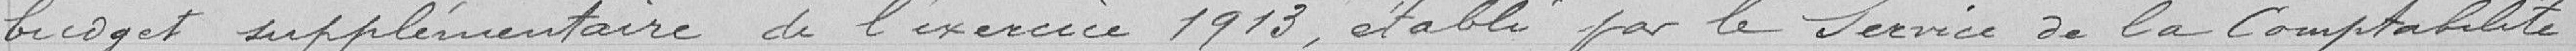
budget supplémentaire de l'exercice 1913, établi par le Service de la comptabilité